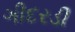
ગીદરડી